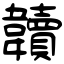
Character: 韥